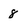
Character: 8